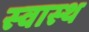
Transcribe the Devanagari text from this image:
स्‍वास्‍थ